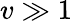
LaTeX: v\gg 1